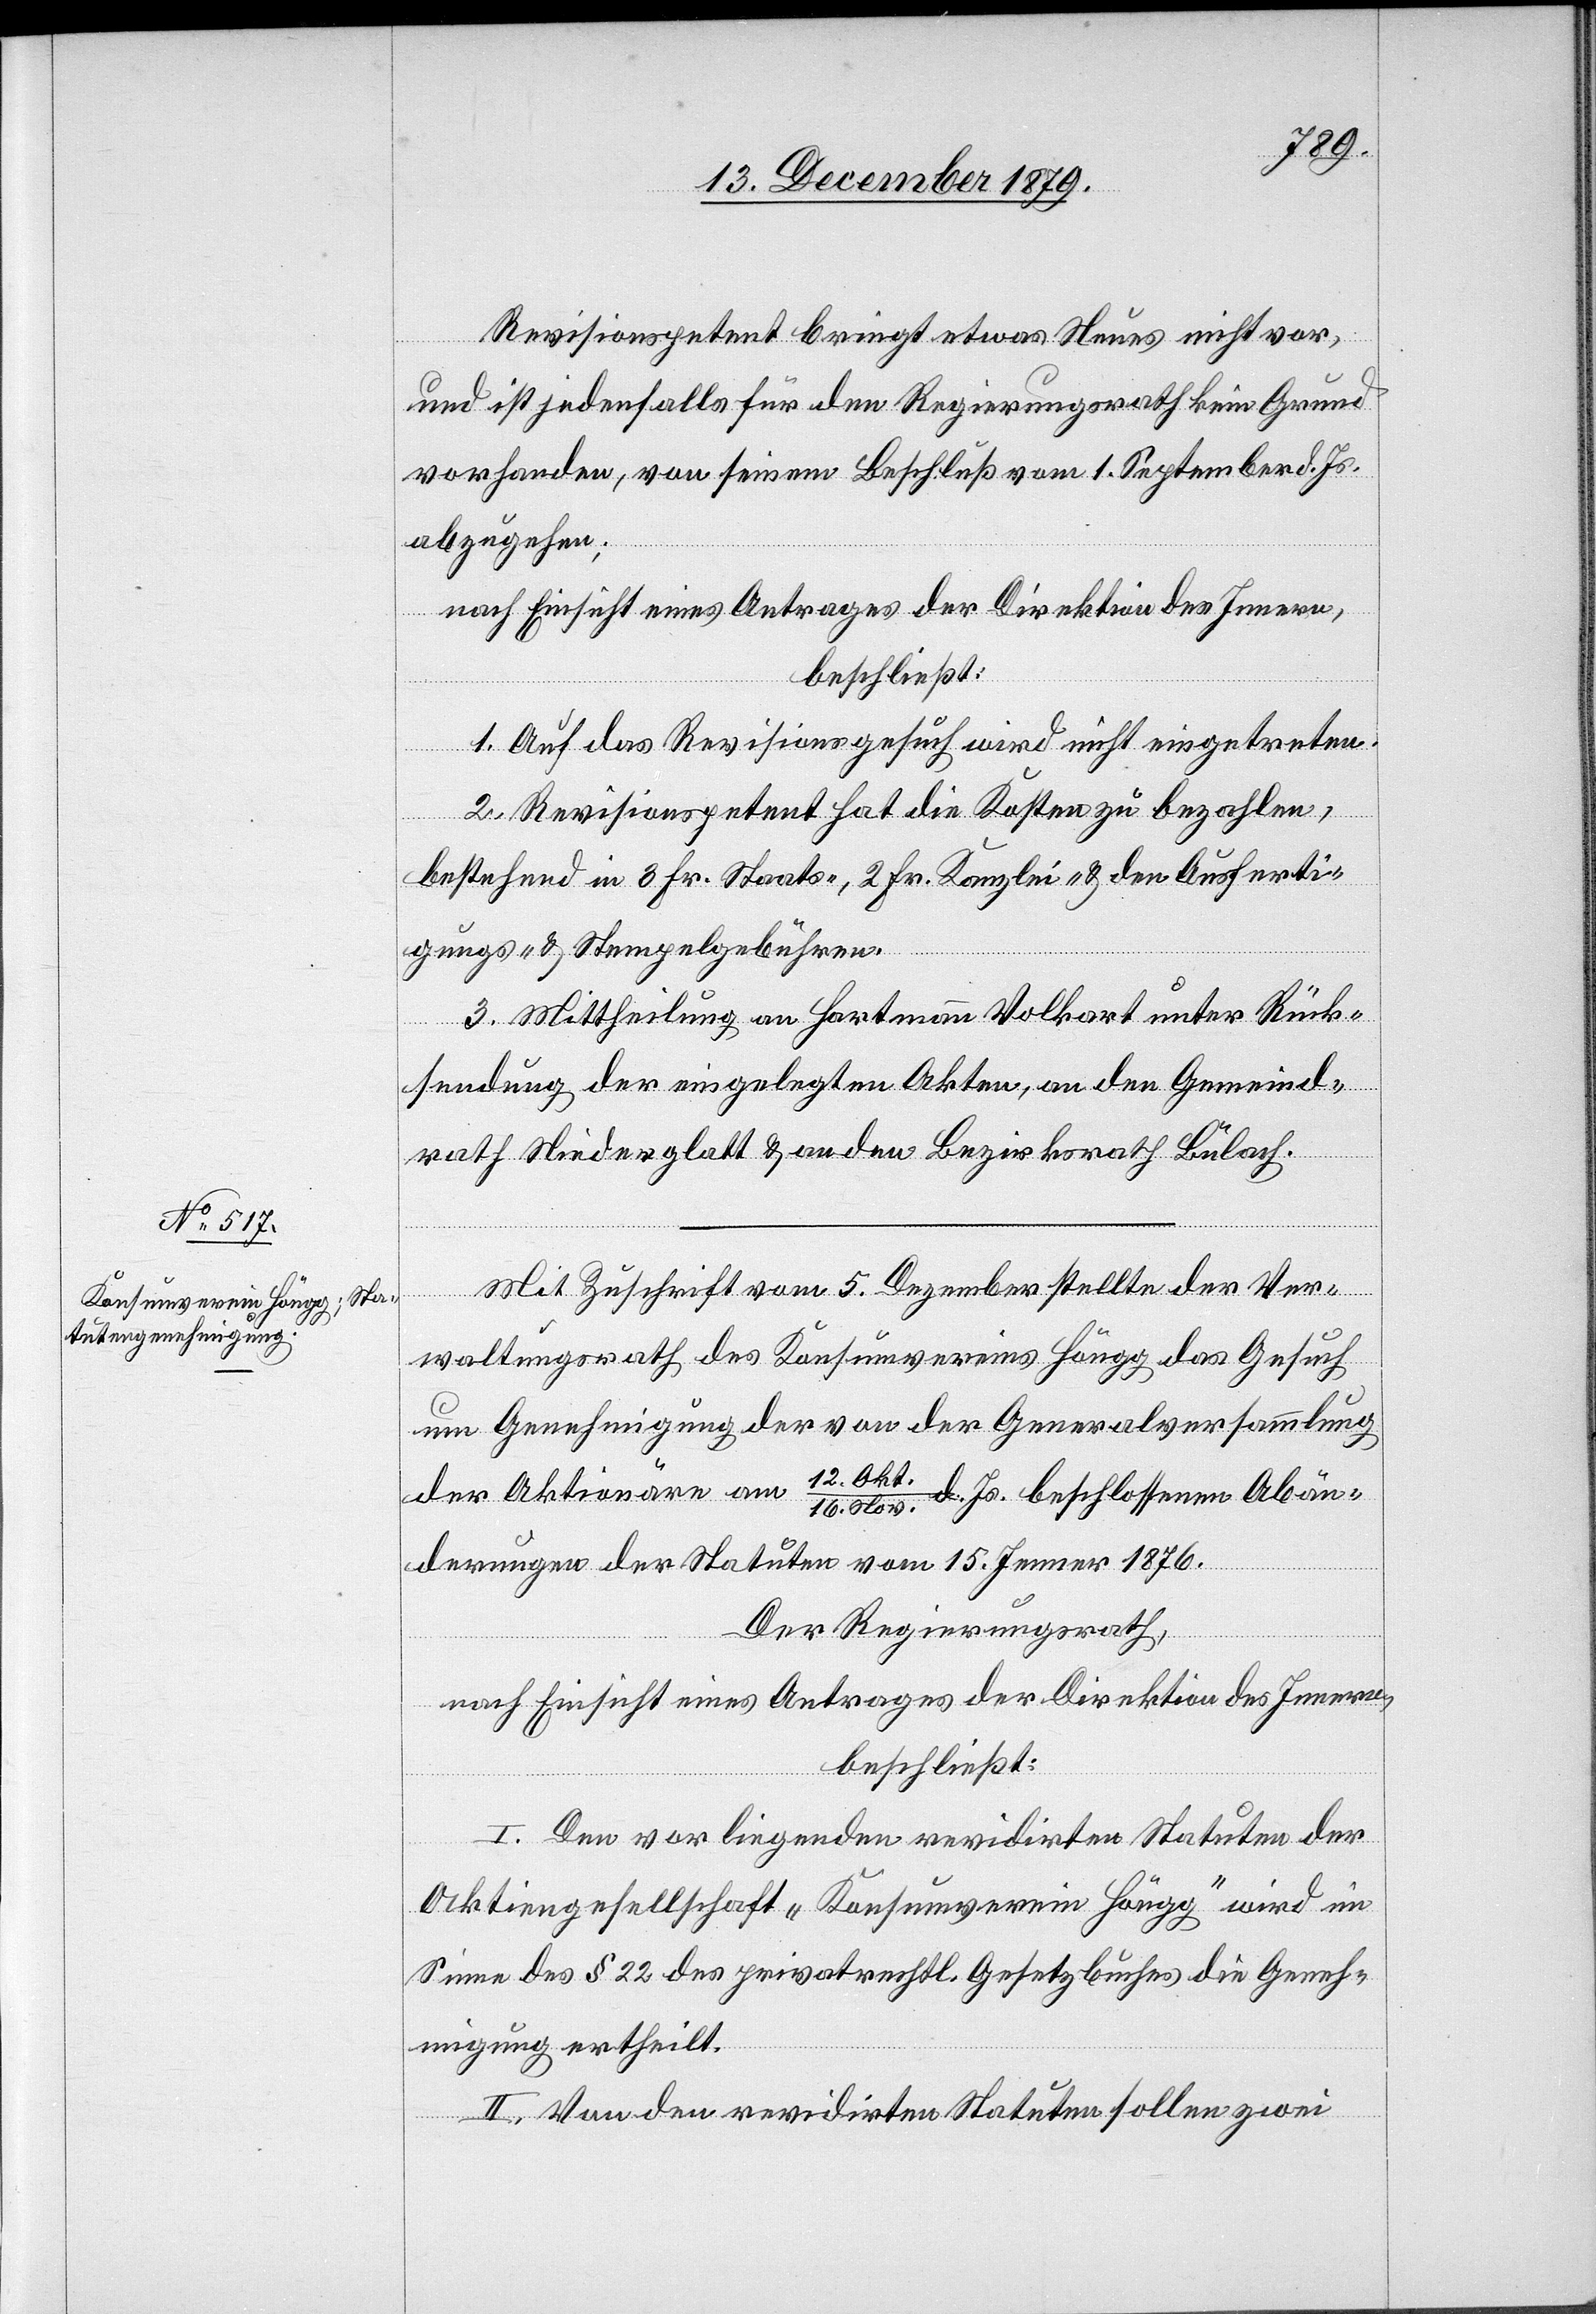
Revisionspetent bringt etwas Neues nicht vor,
und ist jedenfalls für den Regierungsrath kein Grund
vorhanden, von seinem Beschluß vom 1. September d. Js.
abzugehen;
nach Einsicht eines Antrages der Direktion des Innern,
beschließt:
1. Auf das Revisionsgesuch wird nicht eingetreten.
2. Revisionspetent hat die Kosten zu bezahlen,
latt
bestehend in 3 Fr. Staats-, 2 Fr. Kanzlei- & den Ausferti¬
gungs- & Stempelgebühren.
3. Mittheilung an Hartmann Volkart unter Rück¬
sendung der eingelegten Akten, an den Gemeind¬
rath Niederglatt & an den Gemeindrath Niederg¬
Mit Zuschrift vom 5. Dezember stellte der Ver¬
an den
waltungsrath des Konsumvereins Höngg das Gesuch
um Genehmigung der von der Generalversammlung
der Aktionäre am 12. Okt/16.
d. Js. beschlossenen Abän¬
derungen der Statuten vom 15. Jenner 1876.
Der Regierungsrath,
nach Einsicht eines Antrages der Direktion des Innern,
beschließt:
I. Den vorliegenden revidirten Statuten der
Aktiengesellschaft „Konsumverein Höngg“ wird im
Sinne des § 22 des privatrechtl. Gesetzbuches die Geneh¬
migung ertheilt.
II. Von den revidirten Statuten sollen zwei